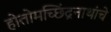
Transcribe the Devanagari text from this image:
होतोमच्छिंद्रनाथांचे